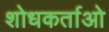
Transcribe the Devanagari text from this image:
शोधकर्ताओ